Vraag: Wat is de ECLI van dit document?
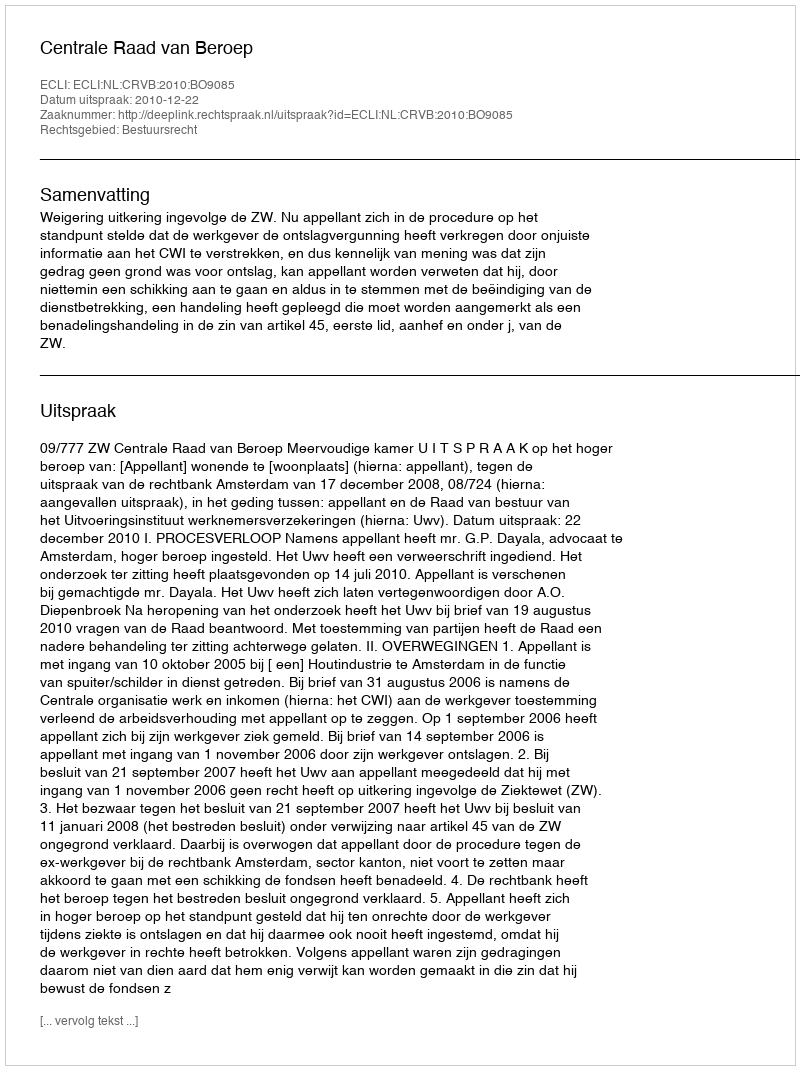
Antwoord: ECLI:NL:CRVB:2010:BO9085